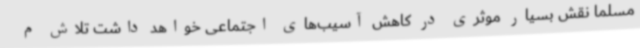
مسلماً نقش بسیار موثری در کاهش آسیب‌های اجتماعی خواهد داشت تلاش م